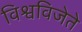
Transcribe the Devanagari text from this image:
विश्वविजेते